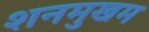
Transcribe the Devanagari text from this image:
शनमुखम